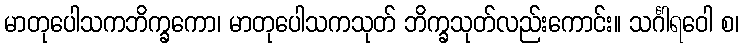
မာတုပေါသကဘိက္ခကော၊ မာတုပေါသကသုတ် ဘိက္ခသုတ်လည်းကောင်း။ သင်္ဂါရဝေါ စ၊